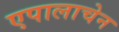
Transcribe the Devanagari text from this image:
एपालाचेन